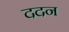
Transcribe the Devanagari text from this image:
ददन